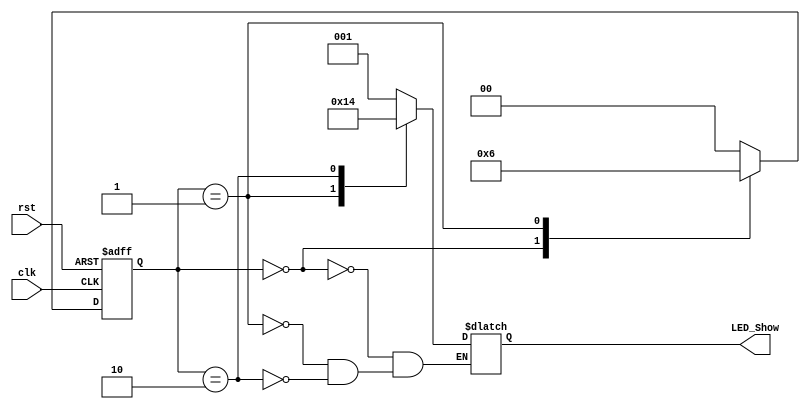
//
// 
//LED
module ForwardFlow(
    input clk,
    input rst,
    output reg [2:0] LED_Show
);

    parameter LED1_ON = 0, LED2_ON = 1, LED3_ON = 2;

    reg [1:0] current_state, next_state;

    always @(current_state) begin
        case (current_state)
            LED1_ON: begin
                LED_Show <= 3'b001;
                next_state = LED2_ON;
            end
            LED2_ON: begin
                LED_Show <= 3'b010;
                next_state = LED3_ON;
            end
            LED3_ON: begin
                LED_Show <= 3'b100;
                next_state = LED1_ON;

            end
            default: begin
                next_state = LED1_ON;
            end 
        endcase
    end

    always @(posedge clk or negedge rst) begin
        if (!rst) begin
            current_state <= LED1_ON;
        end else begin
            current_state <= next_state;
        end
    end

endmodule